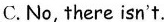
C. No, there isn't.